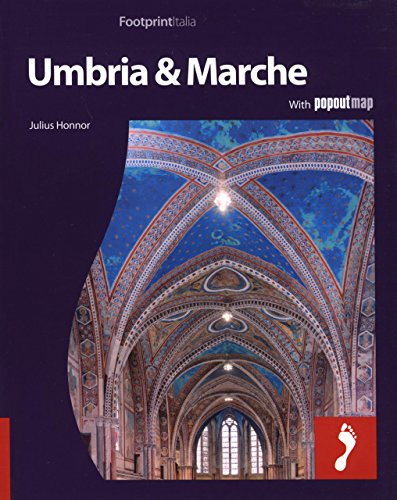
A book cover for Umbria & Marche: Full color regional travel guide to Umbria & Marche (Footprint Italia Umbria & Marche); Julius Honnor; Travel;